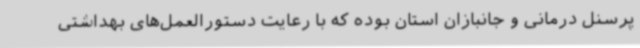
پرسنل درمانی و جانبازان استان بوده که با رعایت دستورالعمل‌های بهداشتی